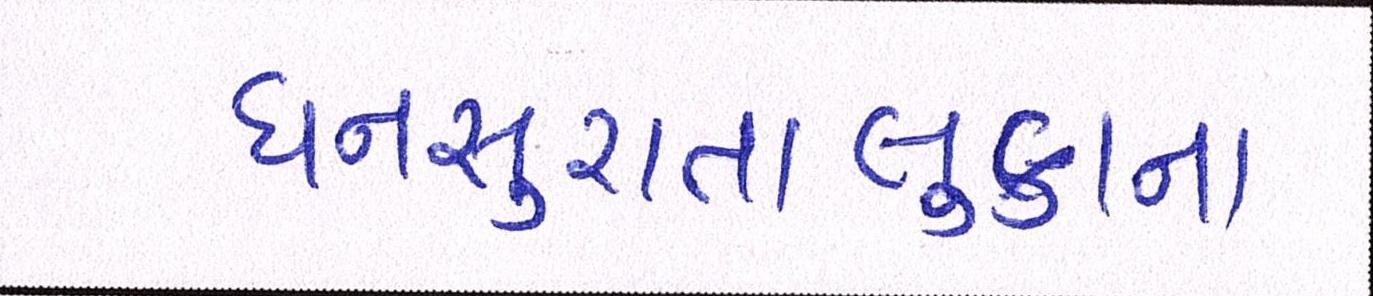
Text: ધનસુરાતાલુકાના